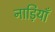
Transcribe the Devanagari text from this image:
नाड़ियॉं